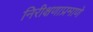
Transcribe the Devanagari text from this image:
निरीक्षणाप्रमाणे